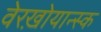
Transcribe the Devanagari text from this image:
वेरख़ोयान्स्क